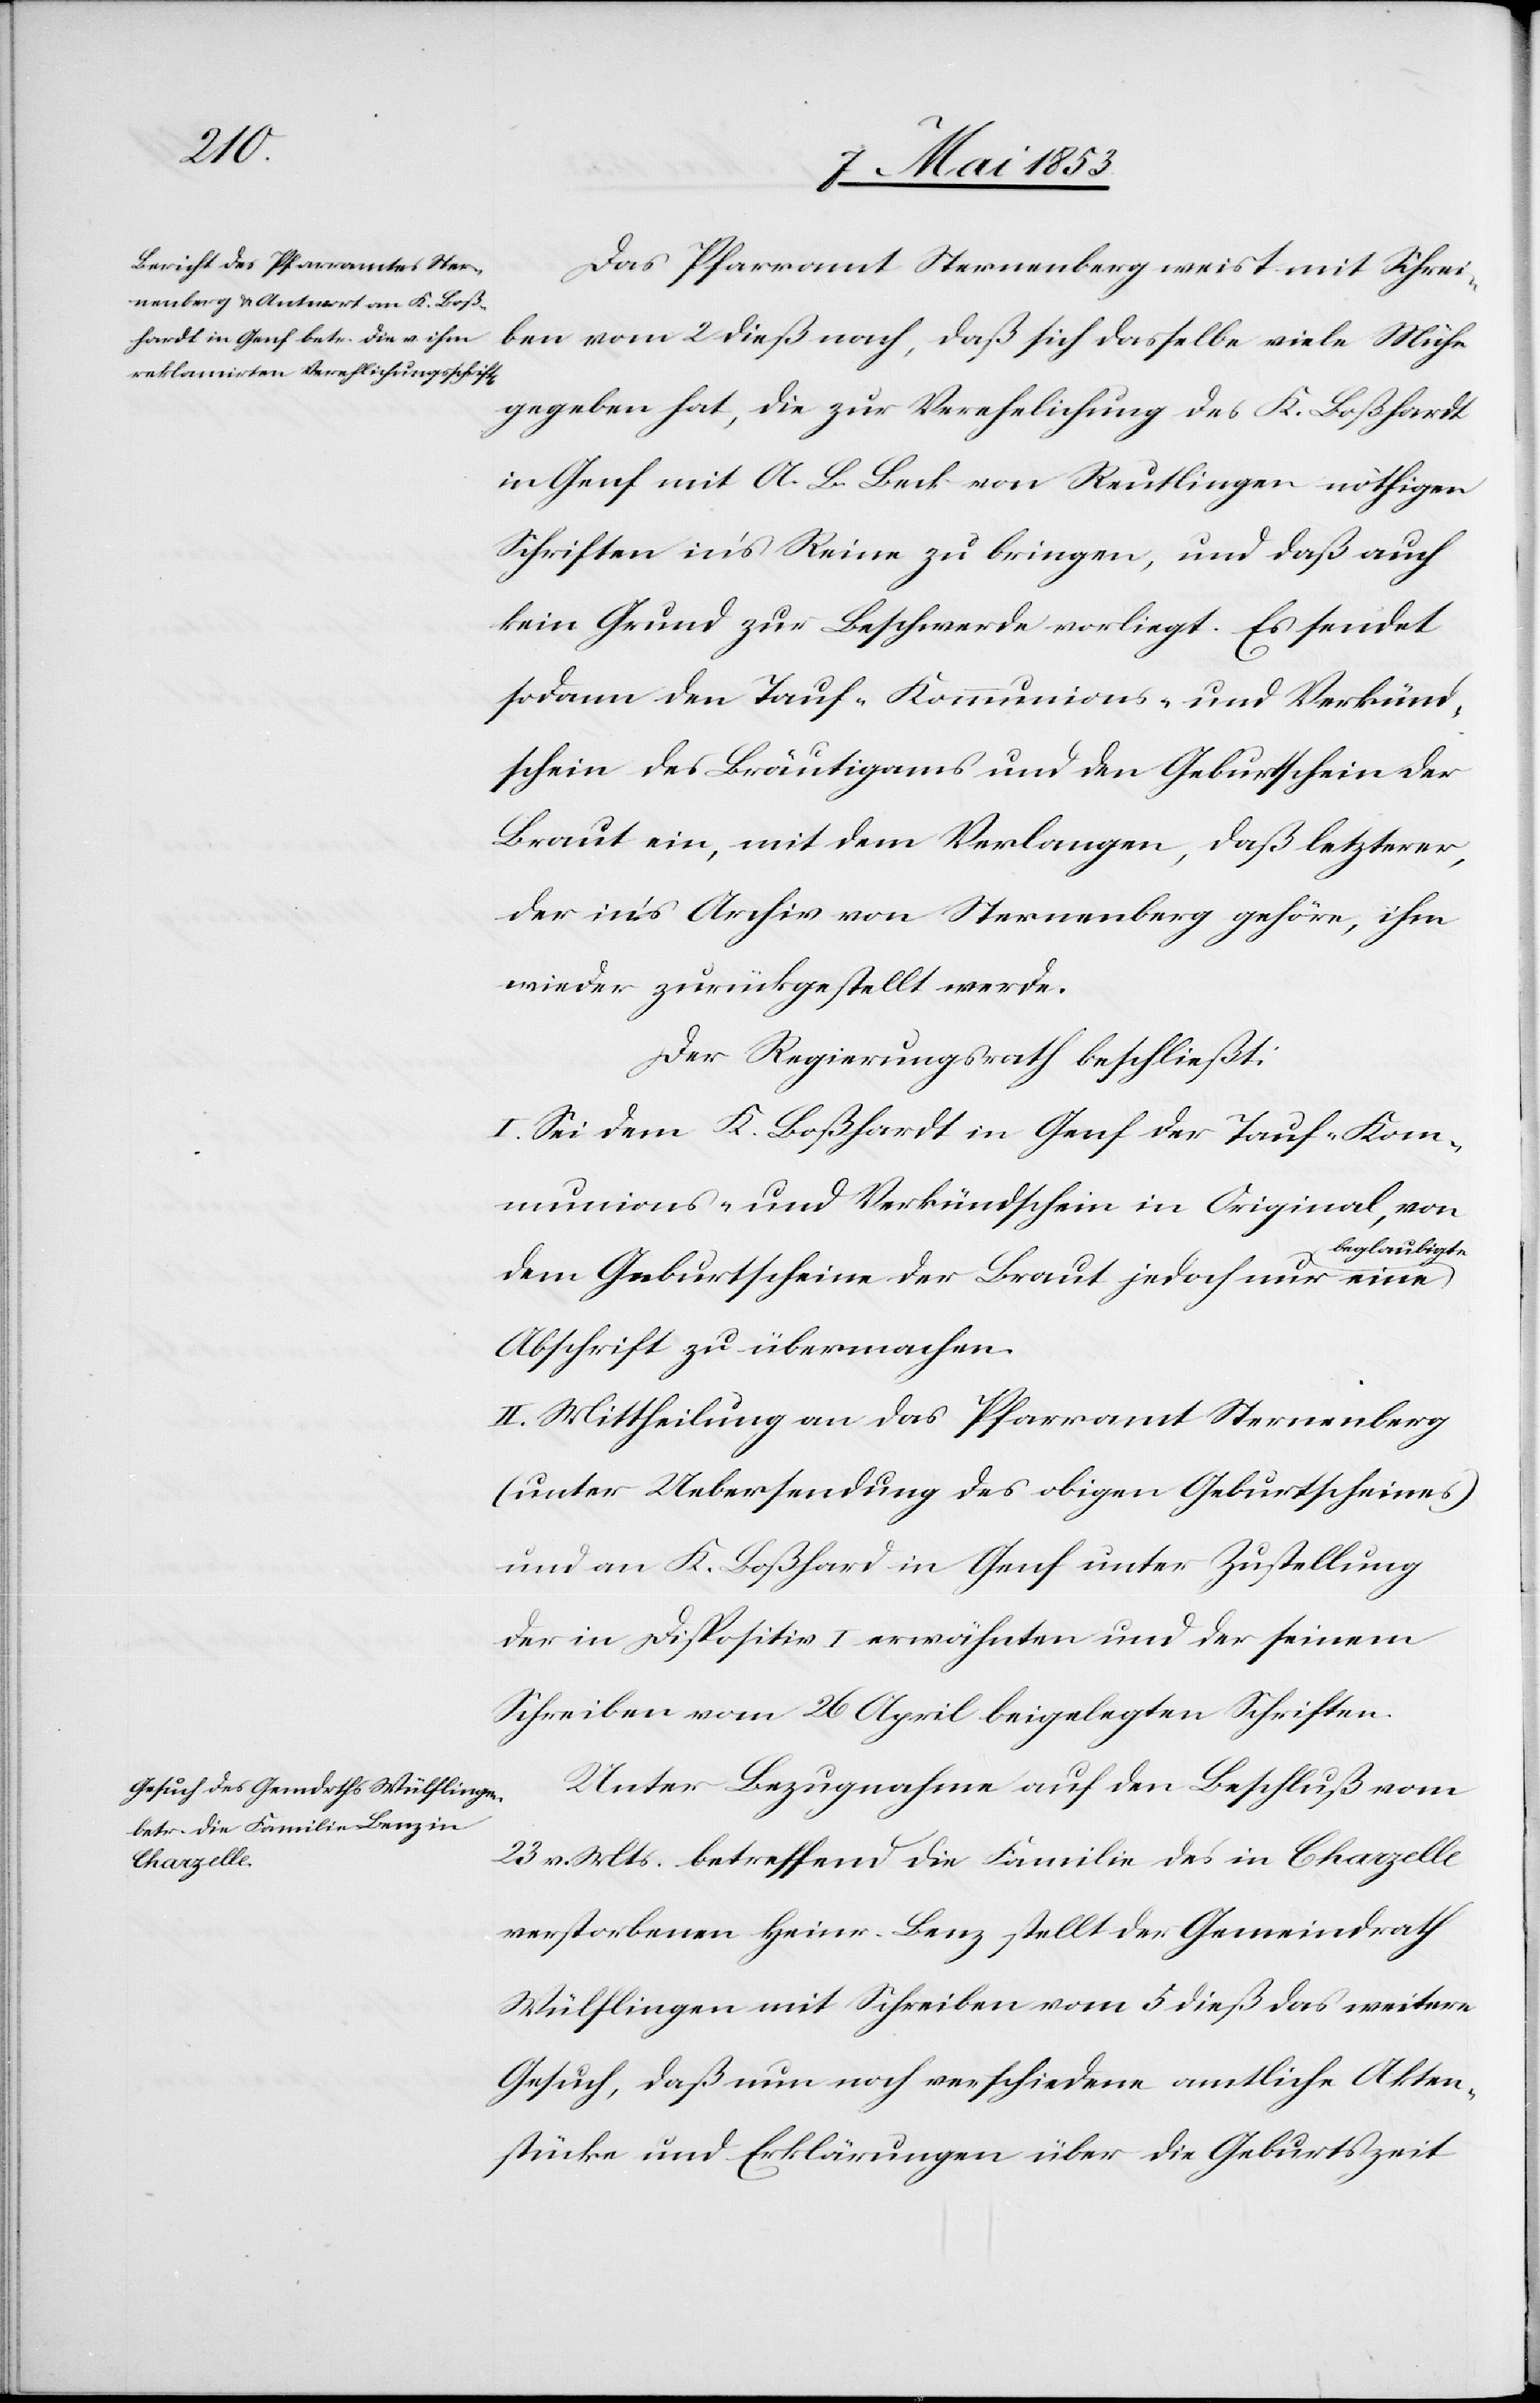
Das Pfarramt Sternenberg weist mit Schrei¬
ben vom 2 dieß nach, daß sich dasselbe viele Mühe
gegeben hat, die zur Verehelichung des K. Boßhardt
in Genf mit A. L. Leck von Reutlingen nöthigen
Schriften in’s Reine zu bringen, und daß auch
kein Grund zur Beschwerde vorliegt. Es sendet
sodann den Tauf- Kommunions- und Verkünd¬
schein des Bräutigams und den Geburtschein der
Braut ein, mit dem Verlangen, daß letzterer,
der in’s Archiv von Sternenberg gehöre, ihm
wieder zurückgestellt werde.
Der Regierungsrath beschließt:
I. Sei dem K. Boßhardt in Genf der Tauf- Kom¬
munions- und Verkündschein in Original, von
beglaubigte
dem Geburtscheine der Braut jedoch nur eine
Abschrift zu übermachen.
II. Mittheilung an das Pfarramt Sternenberg
(unter Uebersendung des obigen Geburtscheines)
und an K. Boßhard in Genf unter Zustellung
der in Dispositiv I. erwähnten und der seinem
Schreiben vom 26 April beigelegten Schriften.
Unter Bezugnahme auf den Beschluß vom
23vor. Mts. betreffend die Familie des in Chapelle
verstorbenen Heinr. Benz stellt der Gemeindrath
Wülflingen mit Schreiben vom 5 dieß das weitere
Gesuch, daß nun noch verschiedene amtliche Akten¬
stücke und Erklärungen über die Geburtszeit